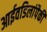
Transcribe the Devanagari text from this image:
आईवडिलांपैकी